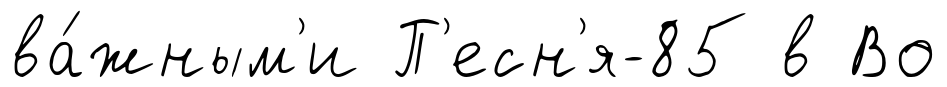
ва́жным'и П'есн'я-85 в Во